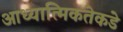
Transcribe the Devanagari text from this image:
आध्यात्मिकतेकडे